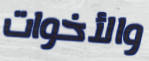
والأخوات